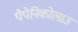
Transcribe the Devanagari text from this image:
पैपेनिकोलाउ